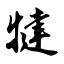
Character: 犍